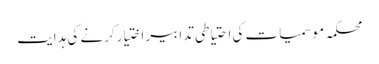
محکمہ موسمیات کی احتیاطی تدابیر اختیارکرنے کی ہدایت